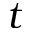
t